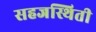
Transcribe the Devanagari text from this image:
सहजस्थिती